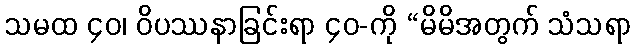
သမထ ၄၀၊ ဝိပဿနာခြင်းရာ ၄၀-ကို “မိမိအတွက် သံသရာ